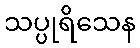
သပ္ပုရိသေန